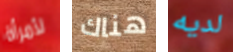
لأمرأة هناك لديه